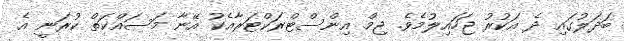
ބަދަލުގައި ދެ އަކުރު ޖަހައިލުމެވެ. ޖިމް އިންސްޓްރަކްޓަރާއެކު އޭނާ މަސައްކަތް ކުރަނީ އެ